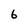
Character: 6